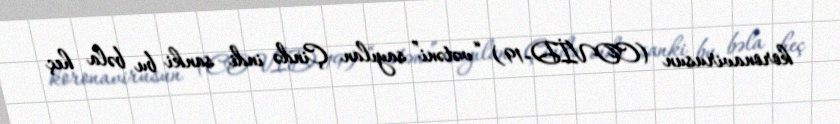
koronavirusun (COVİD-19) “vətəni” sayılan Çində indi sanki bu bəla heç